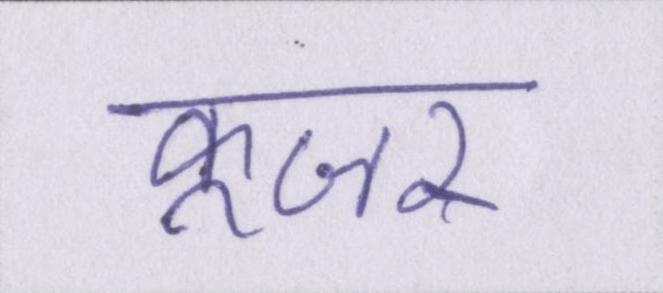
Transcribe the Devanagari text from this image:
कूजर